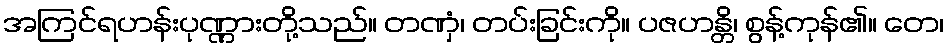
အကြင်ရဟန်းပုဏ္ဏားတို့သည်။ တဏှံ၊ တပ်းခြင်းကို။ ပဇဟန္တိ၊ စွန့်ကုန်၏။ တေ၊